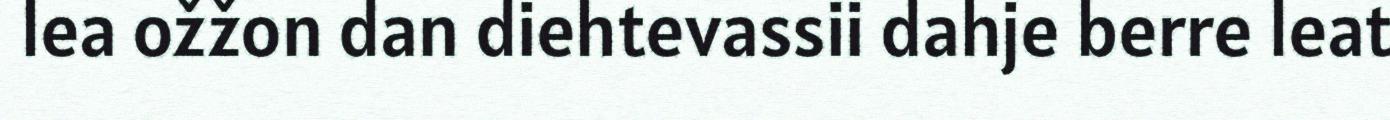
lea ožžon dan diehtevassii dahje berre leat